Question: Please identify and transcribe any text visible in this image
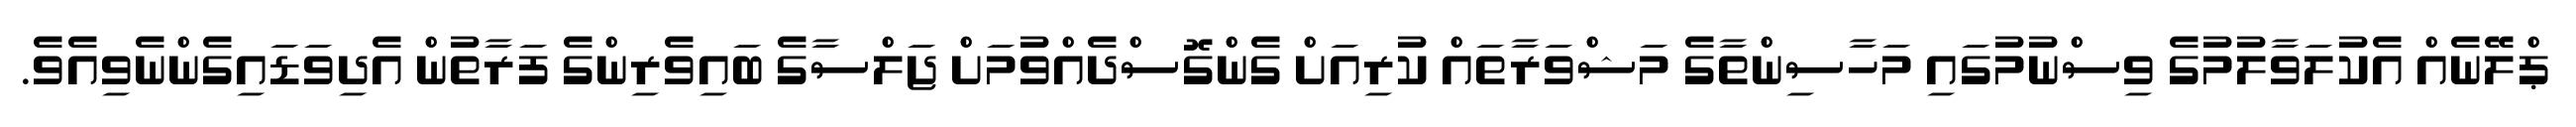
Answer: ޕްލޭނެއް އެކުލަވާލުމުގެ ވިސްނުމުގައި މަހާސިންތާގެ މަޝްވަރާތައް ކުރިއަށް ގެންގޮސްދެއްވުމަށް ޖަލްސާގެ ބައިވެރިންގެ ފަރާތުން އެދިވަޑައިގެންނެވިއެވެ.